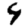
Digit: 4